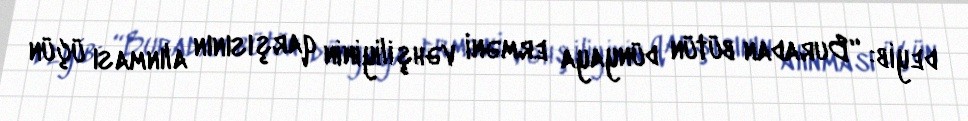
deyib: “Buradan bütün dünyaya erməni vəhşiliyinin qarşısının alınması üçün